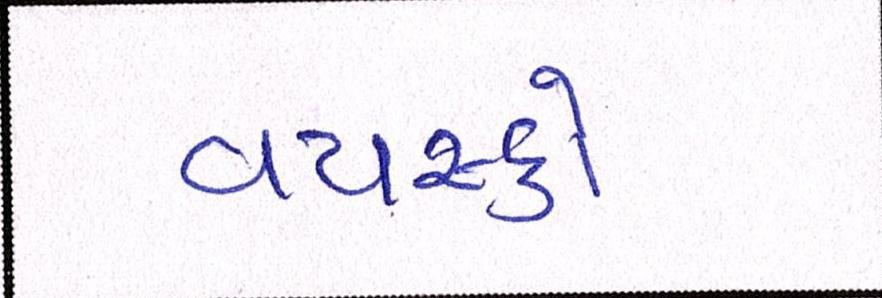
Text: વયસ્કો